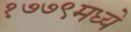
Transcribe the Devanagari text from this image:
१७७९मध्ये